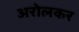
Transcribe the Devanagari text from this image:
अरोलकर